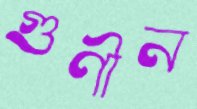
গুণীন